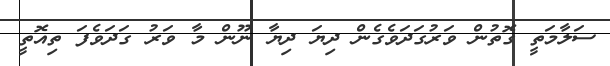
ސަލާމަތީ ގޮތުން ވަރުގަދަވެގެން ދިޔަ ދިޔާ ނޫން މާ ވަރު ގަދަވެފަ ތިއޮތީ